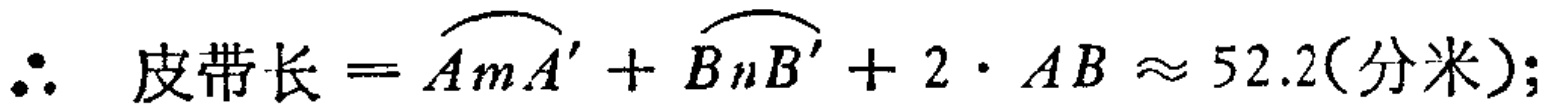
\(\therefore\) 皮带长\(=\overset{\frown}{AmA'}+\overset{\frown}{BnB'}+2\cdot AB\approx 52.2(\text{分米});\)